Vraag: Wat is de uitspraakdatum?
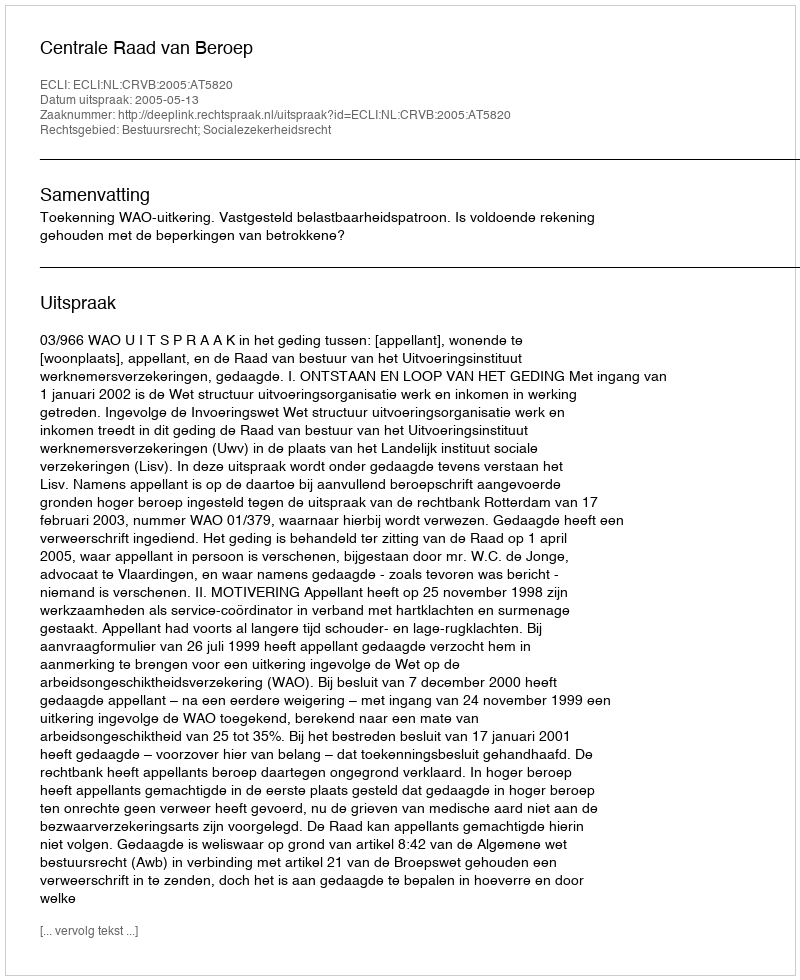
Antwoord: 2005-05-13